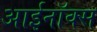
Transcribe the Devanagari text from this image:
आईनॉक्स